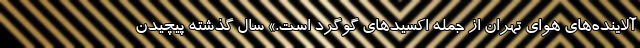
آلاینده‌های هوای تهران از جمله اکسیدهای گوگرد است.» سال گذشته پیچیدن